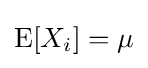
\operatorname {E} [X_{i}]=\mu